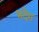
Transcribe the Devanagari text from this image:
भदेंग